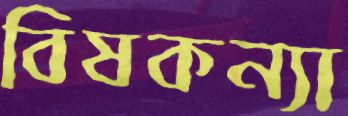
বিষকন্যা